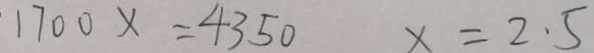
1 7 0 0 x = 4 3 5 0 x = 2 . 5